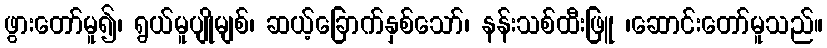
ဖွားတော်မူ၍၊ ရွယ်မူပျိုမျစ်၊ ဆယ့်ခြောက်နှစ်သော်၊ နန်းသစ်ထီးဖြူ ၊ဆောင်းတော်မူသည်။